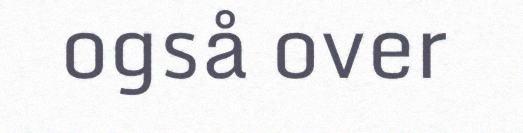
også over